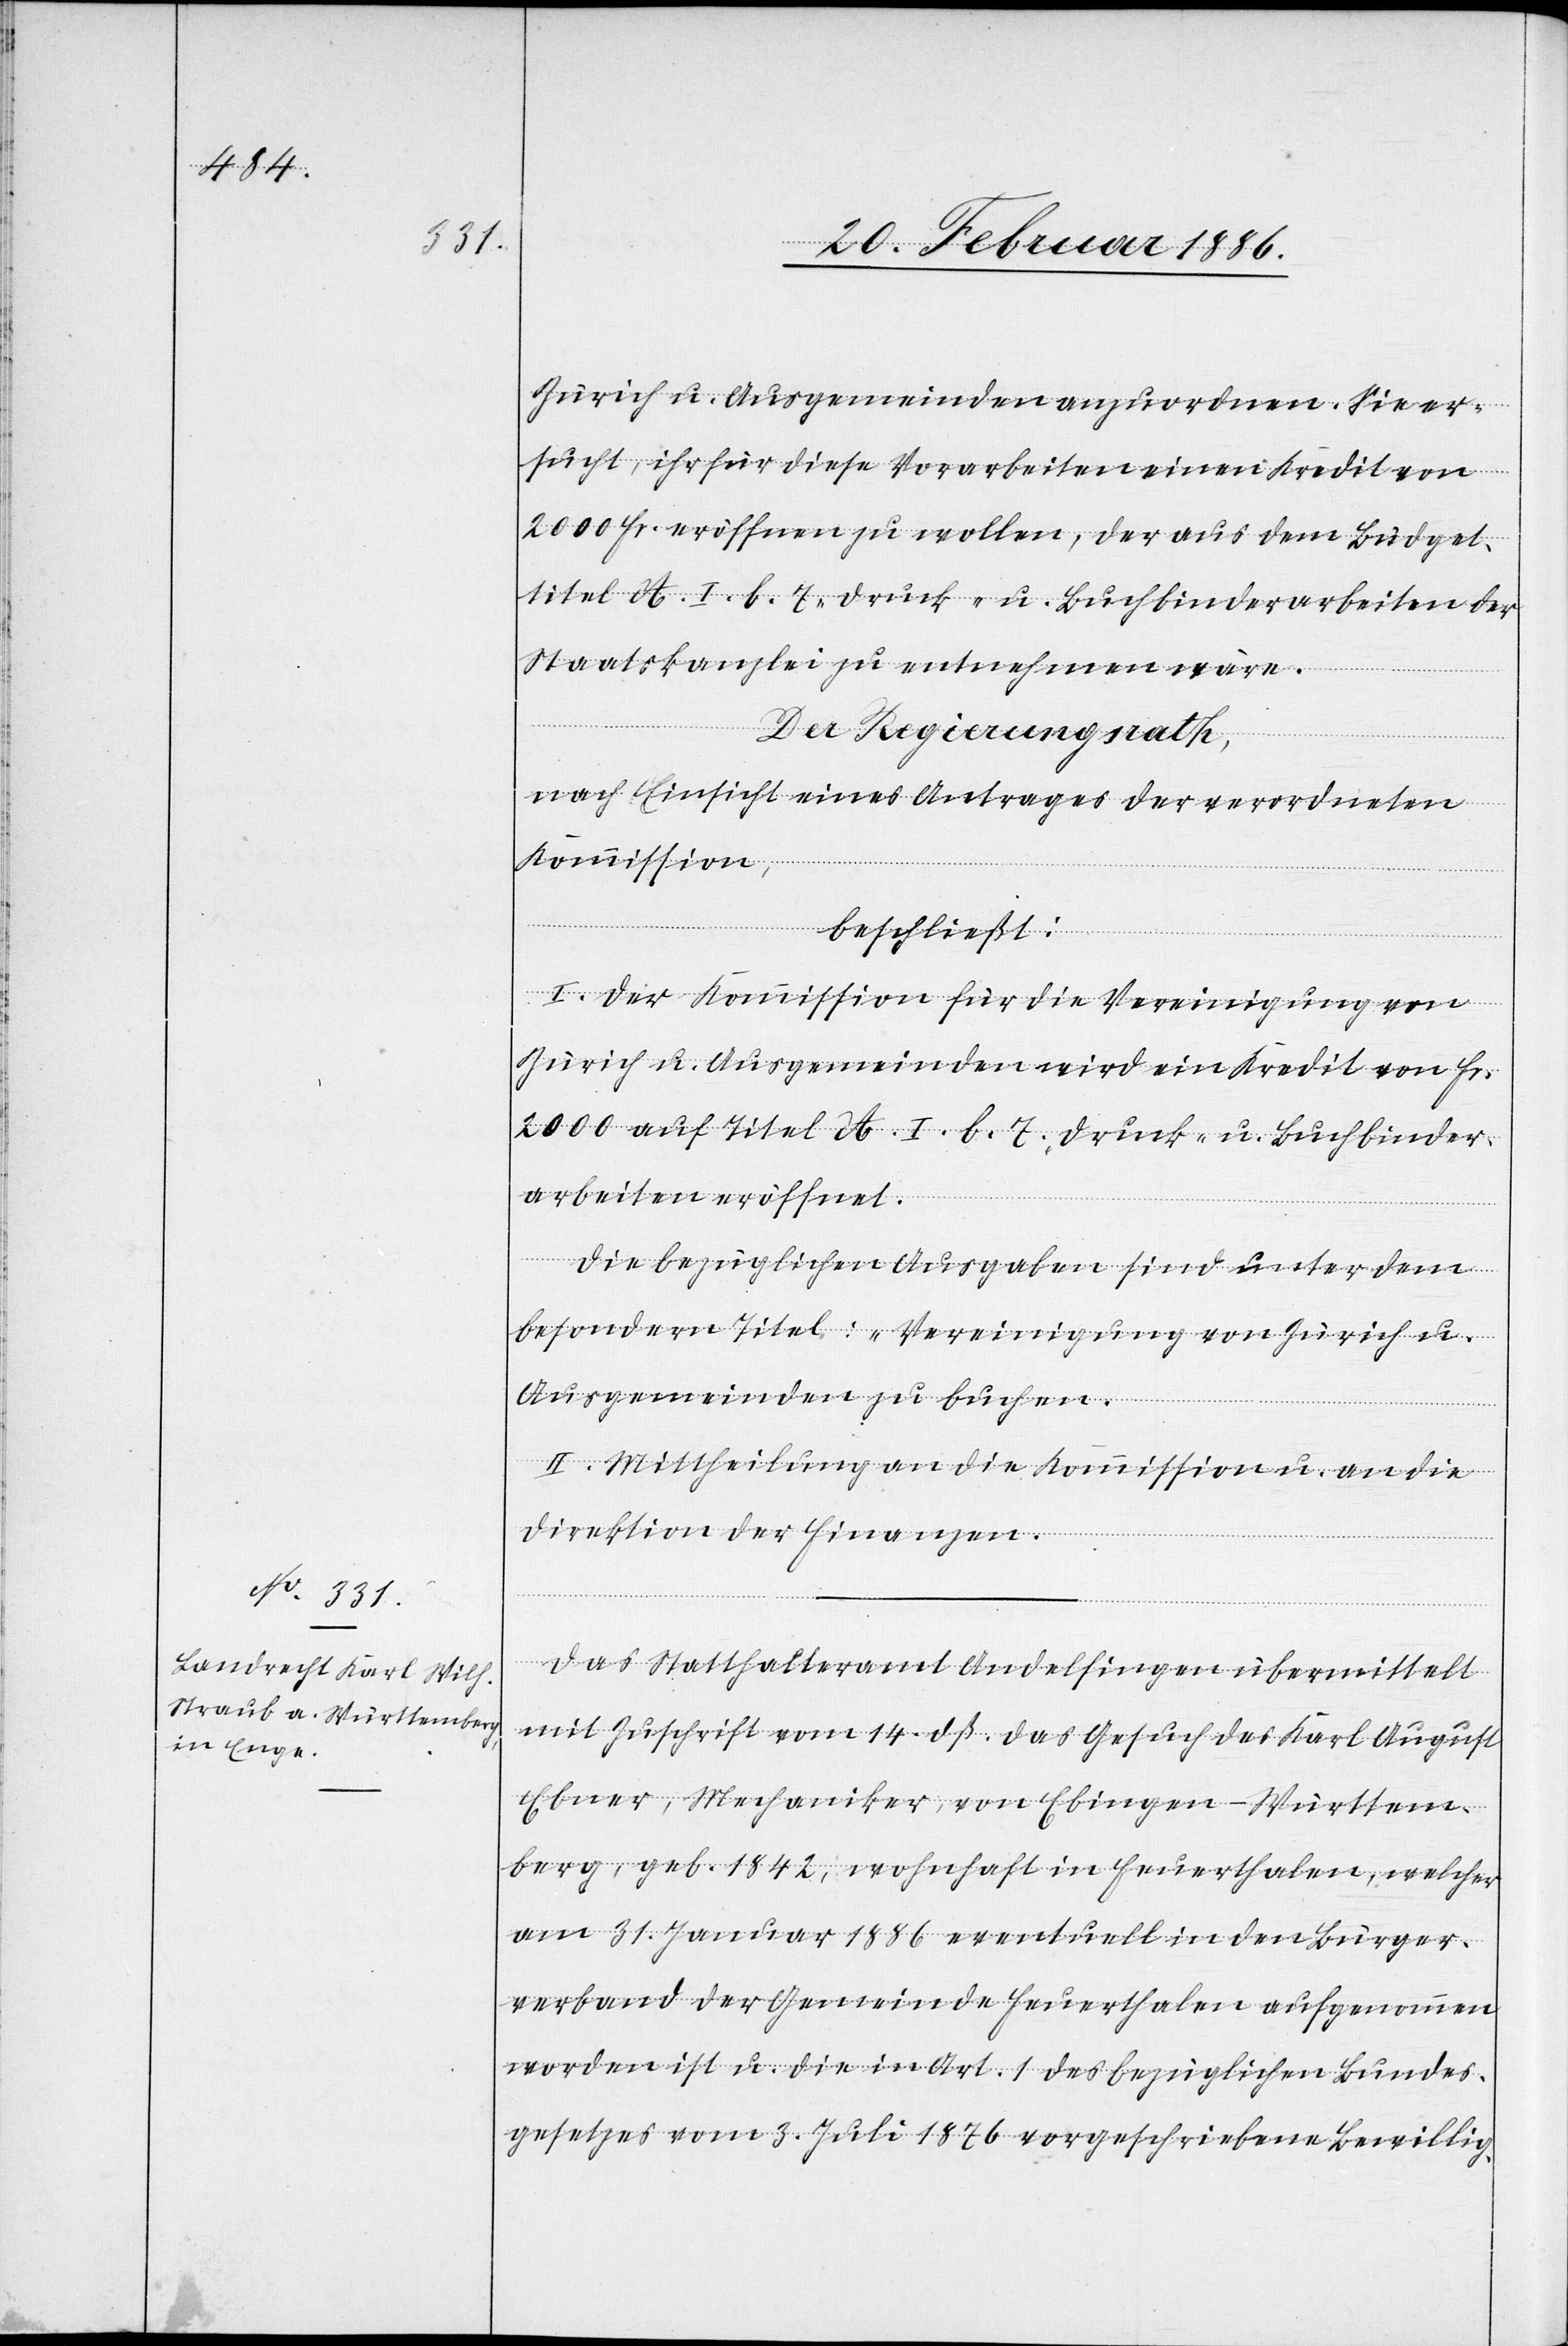
Zürich u. Ausgemeinden anzuordnen. Sie er¬
sucht, ihr für diese Vorarbeiten einen Kredit von
2000 Fr. eröffnen zu wollen, der aus dem Büdget¬
titel A. I. b. 7 – Druck- u. Buchbinderarbeiten der
Staatskanzlei zu entnehmen wäre.
Der Regierungsrath,
nach Einsicht eines Antrages der verordneten
Kommission,
beschließt:
I. Der Kommission für die Vereinigung von
Zürich u. Ausgemeinden wird ein Kredit von Fr.
2000 auf Titel A. I. b. 7 – Druck- u. Buchbinder¬
arbeiten eröffnet.
Die bezüglichen Ausgaben sind unter dem
besondern Titel: „Vereinigung von Zürich u.
Ausgemeinden“ zu buchen.
II. Mittheilung an die Kommission u. an die
Direktion der Finanzen.
Das Statthalteramt Andelfingen übermittelt
mit Zuschrift vom 14. dß. das Gesuch des Karl August
Ebner, Mechaniker, von Ebingen - Württem¬
berg, geb. 1842, wohnhaft in Feuerthalen, welcher
am 31. Januar 1886 eventuell in den Bürger¬
verband der Gemeinde Feuerthalen aufgenommen
worden ist u. die in Art. 1 des bezüglichen Bundes¬
gesetzes vom 3. Juli 1876 vorgeschriebene Bewillig-